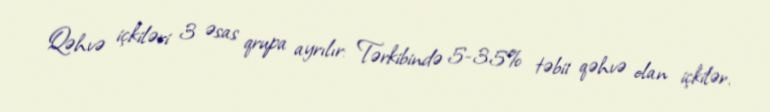
Qəhvə içkiləri 3 əsas qrupa ayrılır: Tərkibində 5-35% təbii qəhvə olan içkilər.